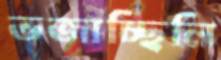
ভজাচ্ছিলি